Sleeping sickness
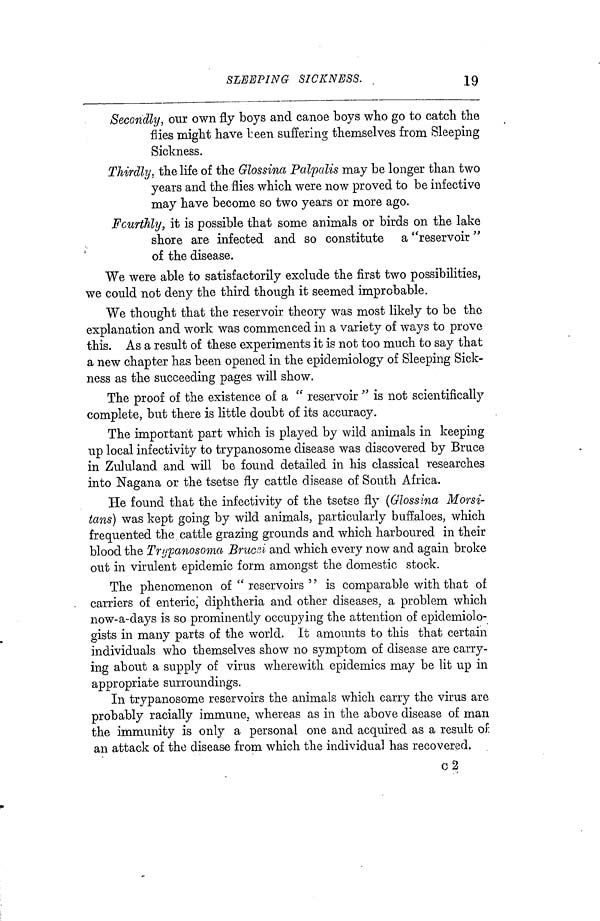
SLEEPING SICKNESS.
19
Secondly, our own fly boys and canoe boys who go to catch the
flies might have been suffering themselves from Sleeping
Sickness.
Thirdly, the life of the Glossina Palpalis may be longer than two
years and the flies which were now proved to be infective
may have become so two years or more ago.
Fourthly, it is possible that some animals or birds on the lake
shore are infected and so constitute a "reservoir "
of the disease.
We were able to satisfactorily exclude the first two possibilities,
we could not deny the third though it seemed improbable.
We thought that the reservoir theory was most likely to be the
explanation and work was commenced in a variety of ways to prove
this. As a result of these experiments it is not too much to say that
a new chapter has been opened in the epidemiology of Sleeping Sick-
ness as the succeeding pages will show.
The proof of the existence of a " reservoir " is not scientifically
complete, but there is little doubt of its accuracy.
The important part which is played by wild animals in keeping
up local infectivity to trypanosome disease was discovered by Bruce
in Zululand and will be found detailed in his classical researches
into Nagana or the tsetse fly cattle disease of South Africa.
He found that the infectivity of the tsetse fly (Glossina Morsi-
tans) was kept going by wild animals, particularly buffaloes, which
frequented the cattle grazing grounds and which harboured in their
blood the Trypanosoma Brucei and which every now and again broke
out in virulent epidemic form amongst the domestic stock.
The phenomenon of " reservoirs " is comparable with that of
carriers of entericj diphtheria and other diseases, a problem which
now-a-days is so prominently occupying the attention of epidemiolo-
gists in many parts of the world. It amounts to this that certain
individuals who themselves show no symptom of disease are carry-
ing about a supply of virus wherewith epidemics may be lit up in
appropriate surroundings.
In trypanosome reservoirs the animals which carry the virus are
probably racially immune, whereas as in the above disease of man
the immunity is only a personal one and acquired as a result oi
an attack of the disease from which the individual has recovered.
c 2